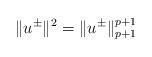
LaTeX: \begin{align*}\|u^\pm\|^2=\|u^\pm\|_{p+1}^{p+1}\end{align*}